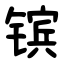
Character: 镔